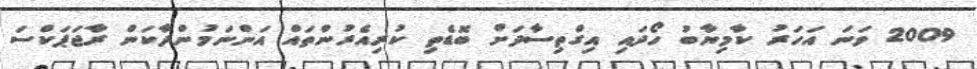
2009 ވަނަ އަހަރު ކާމިޔާބު ހޯދައި އިގްތިސާދަށް ބޮޑެތި ކުރިއެރުންތައް އަންނަމުންދާކަން ރާޖަޕަކްސަ